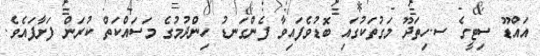
އައްޑޫ ސިޓީގެ ސ.ހިތަދޫ މަގުތަކުގައި ބޮޑުވެފައިވާ ފެންގަނޑު ހިންދުމުގެ މަސައްކަތް ކުރަން ފަށާފައެވެ.